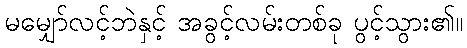
မမျှော်လင့်ဘဲနှင့် အခွင့်လမ်းတစ်ခု ပွင့်သွား၏။